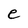
Character: e